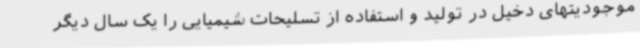
موجودیتهای دخیل در تولید و استفاده از تسلیحات شیمیایی را یک سال دیگر